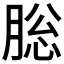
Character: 䶼